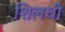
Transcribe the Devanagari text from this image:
शिलधी